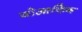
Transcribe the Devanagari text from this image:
जोआकिन